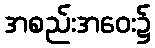
အစည်းအဝေး၌